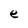
Character: e